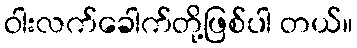
ဝါးလက်ခေါက်တို့ဖြစ်ပါ တယ်။